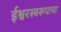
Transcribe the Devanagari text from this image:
ईश्वरस्वरूपाचा